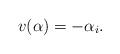
LaTeX: \begin{align*}v(\alpha)=-\alpha_i.\end{align*}